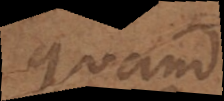
quand